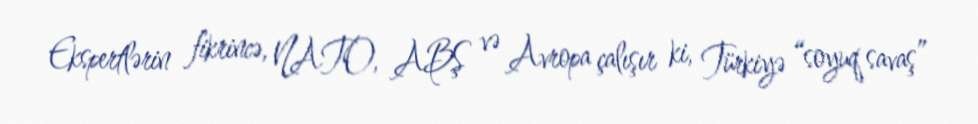
Ekspertlərin fikrincə, NATO, ABŞ və Avropa çalışır ki, Türkiyə “soyuq savaş”